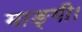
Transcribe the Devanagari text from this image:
माङ्गी।